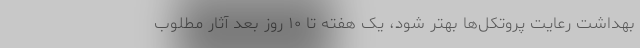
بهداشت رعایت پروتکل‌ها بهتر شود، یک هفته تا ۱۰ روز بعد آثار مطلوب